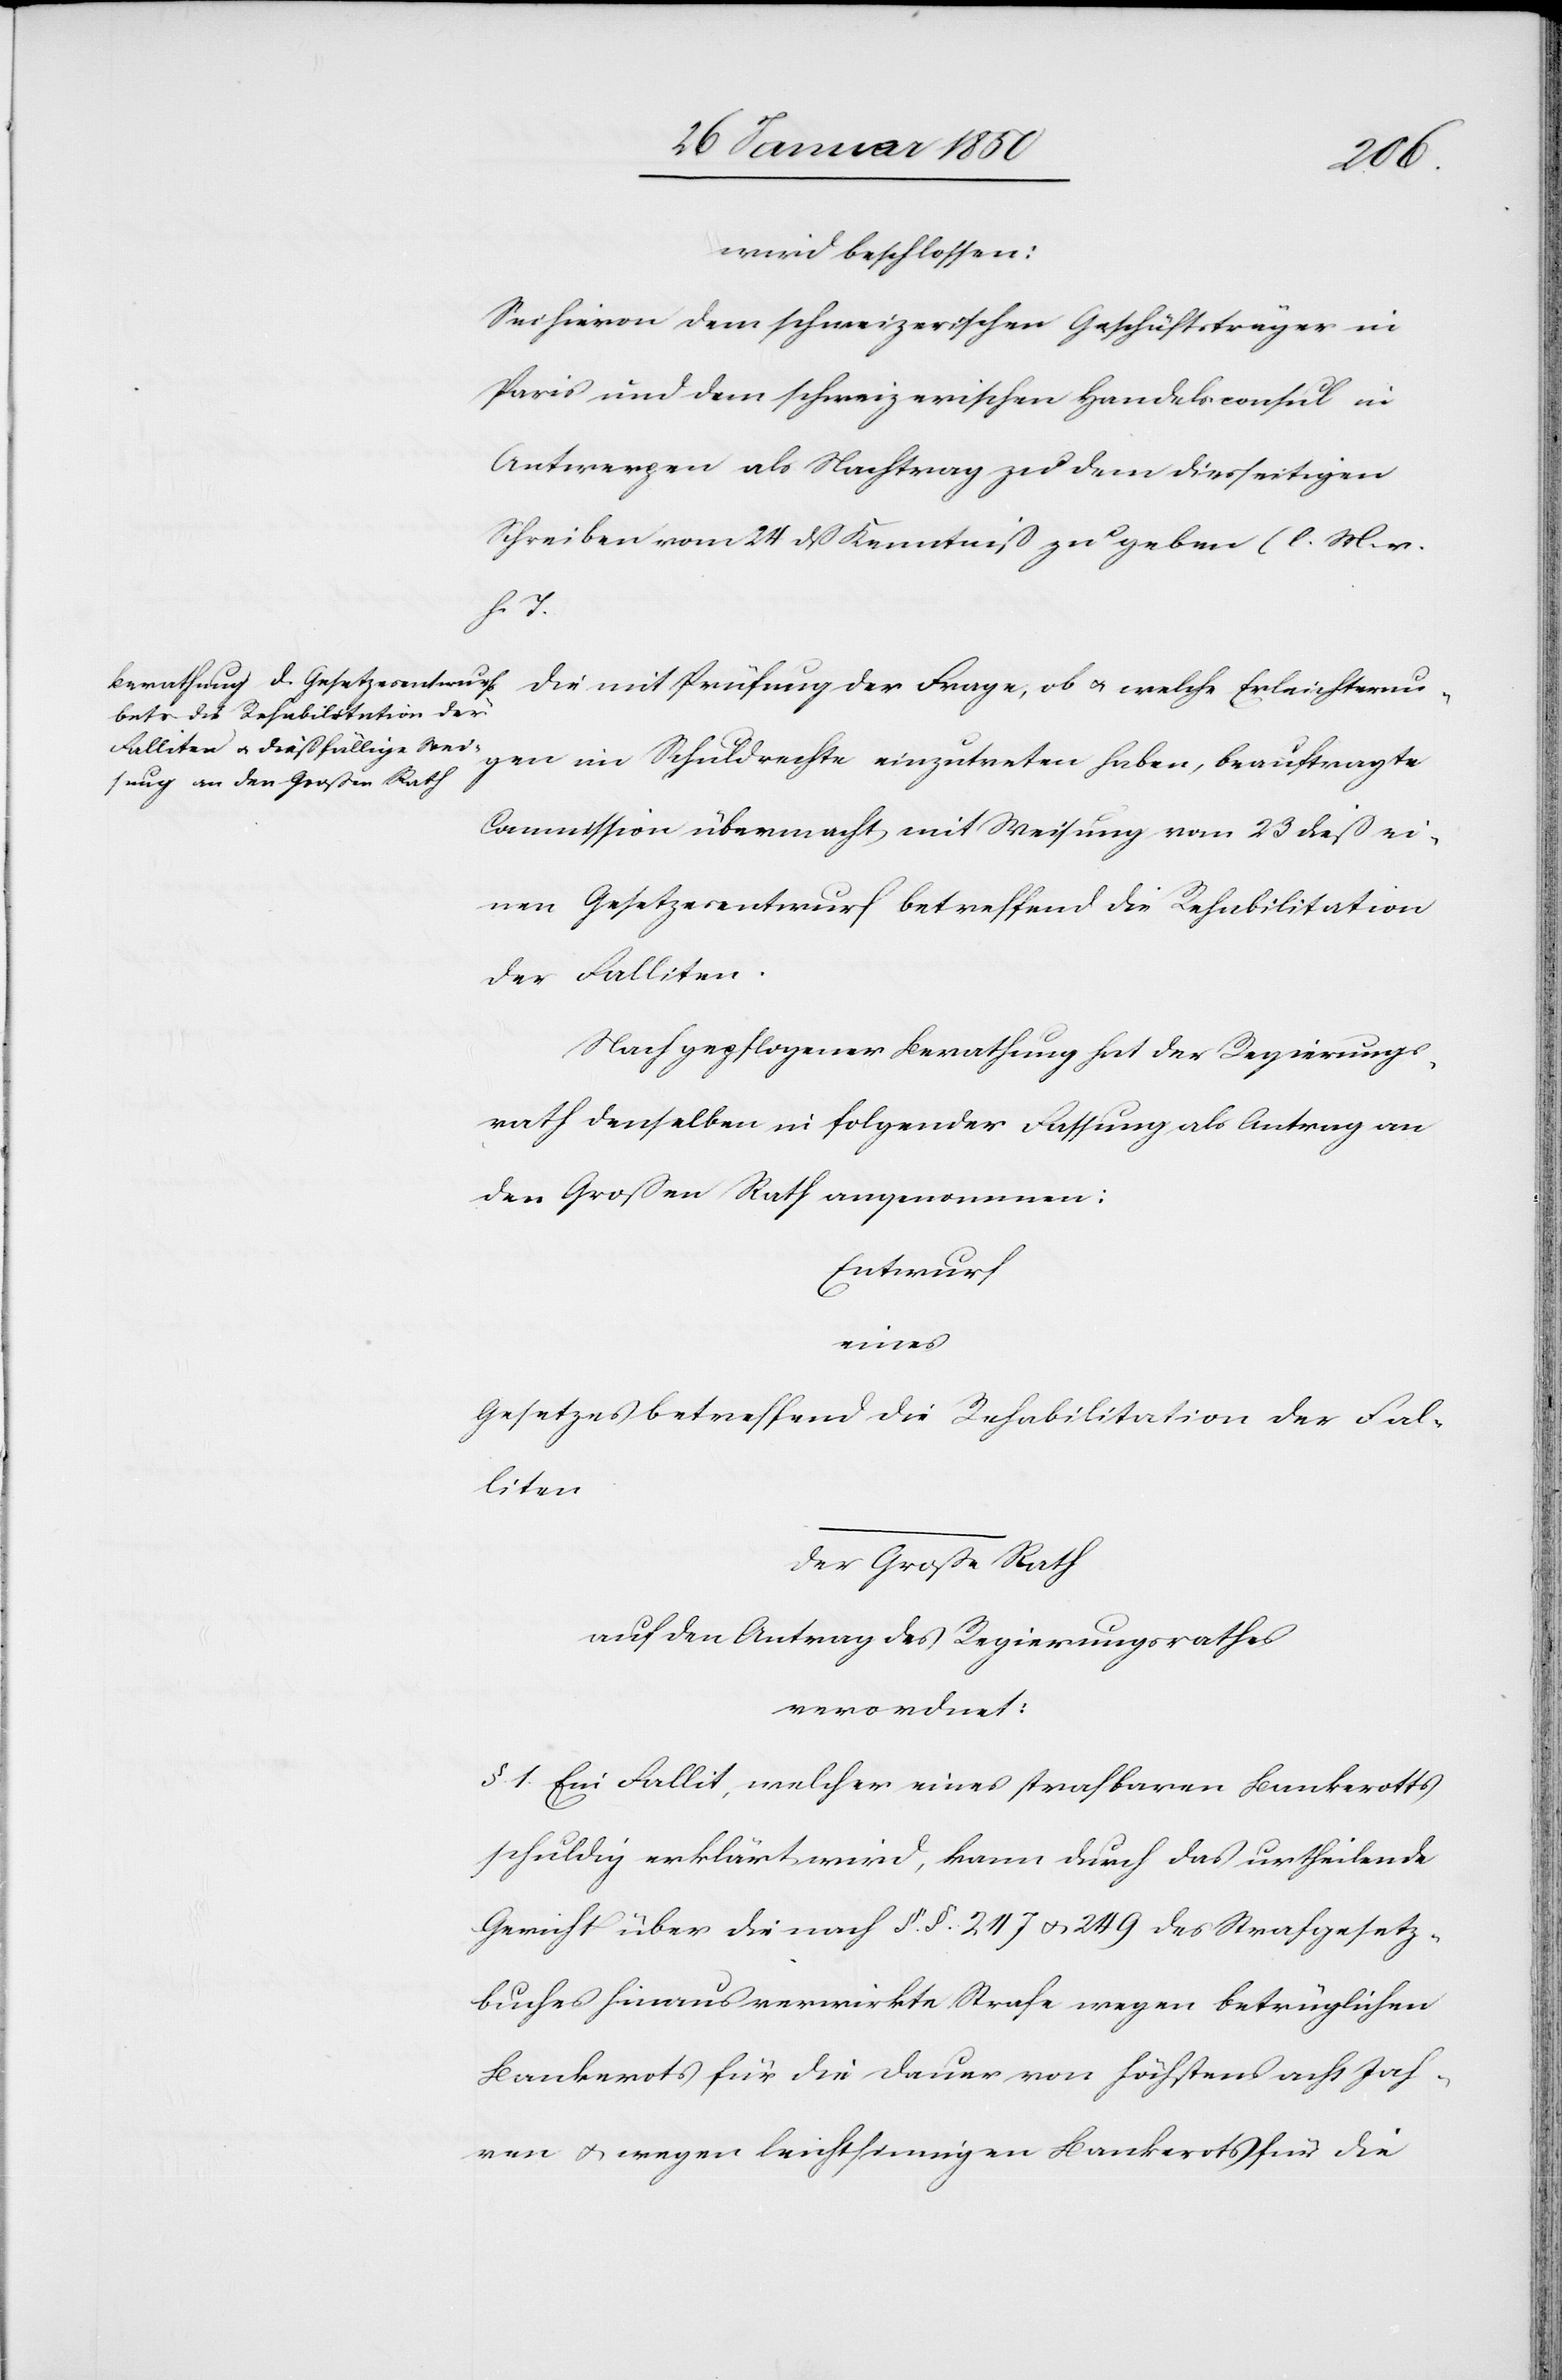
wird beschlossen:
Sei hievon dem schweizerischen Geschäftsträger in
Paris und dem schweizerischen Handelsconsul in
Antwerpen als Nachtrag zu dem diesseitigen
Schreiben vom 24 dß Kenntniß zu geben (l. M. v.
h. T.)
Die mit Prüfung der Frage, ob u. welche Erleichterun¬
gen im Schuldrechte einzutreten haben, beauftragte
Commission übermacht mit Weisung vom 23 dieß ei¬
nen Gesetzesentwurf betreffend die Rehabilitation
der Falliten.
Nach gepflogener Betrachtung hat der Regierungs¬
rath denselben in folgender Fassung als Antrag an
den Großen Rath angenommen:
Entwurf
eines
Gesetzes betreffend die Rehabilitation der Fal¬
liten
Der Großer Rath
auf den Antrag des Regierungsrathes
verordnet:
§. 1. Ein Fallit, welcher eines strafbaren Bankerotts
schuldig erklärt wird, kann durch das urtheilende
Gericht über die nach §. §. 247 u. 249 des Strafgesetz¬
buches hinaus verwirkte Strafe wegen betrüglichen
Bankerots für die Dauer von höchstens acht Jah¬
ren u. wegen leichtsinnigen Bankerots für die